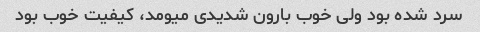
سرد شده بود ولی خوب بارون شدیدی میومد، کیفیت خوب بود